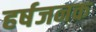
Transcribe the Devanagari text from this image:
हर्षजनक